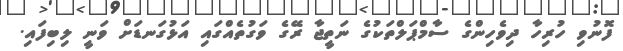
ފޮނުވި ހުރިހާ ދިވެހިންގެ ސާމްޕަލްތަކުގެ ނަތީޖާ ރޭގެ ވަގުތެއްގައި އަޅުގަނޑަށް ވަނީ ލިބިފައި.